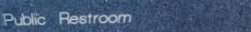
Public Restroom